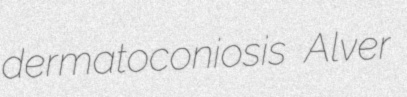
dermatoconiosis Alver